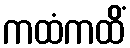
ကထံကထိံ